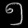
Digit: ၅